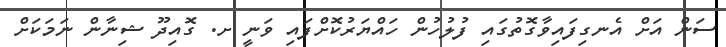
ސަން އަށް އެނގިފައިވާގޮތުގައި ފުލުހުން ހައްޔަރުކޮށްފައި ވަނީ ށ. ގޮއިދޫ ޝިނާން ނަމަކަށް